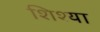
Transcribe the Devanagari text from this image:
शिश्या